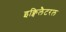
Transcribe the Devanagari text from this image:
इक्विलैटरल